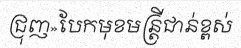
ជ្រុញ»បែកមុខមន្ត្រីជាន់ខ្ពស់